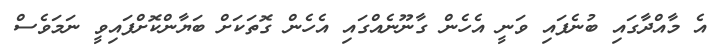
އެ މާއްދާގައި ބުނެފައި ވަނީ އެހެން ގާނޫނެއްގައި އެހެން ގޮތަކަށް ބަޔާންކޮށްފައިވީ ނަމަވެސް